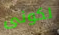
لكونى